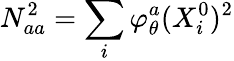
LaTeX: N_{aa}^{2}=\sum_{i}\varphi_{\theta}^{a}(X_{i}^{0})^{2}